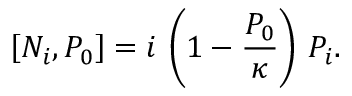
\left[ N _ { i } , P _ { 0 } \right] = i \, \left( 1 - { \frac { P _ { 0 } } { \kappa } } \right) \, P _ { i } .